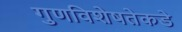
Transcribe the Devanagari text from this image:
गुणविशेषतेकडे